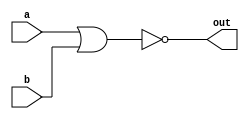
module nor_gate(a, b, out);
    input a;
    input b;
    output out;

    assign out = ~(a || b);
endmodule